Senior Leaving Certificate Examination (including Day School Certificate (Higher) General paper), 1948
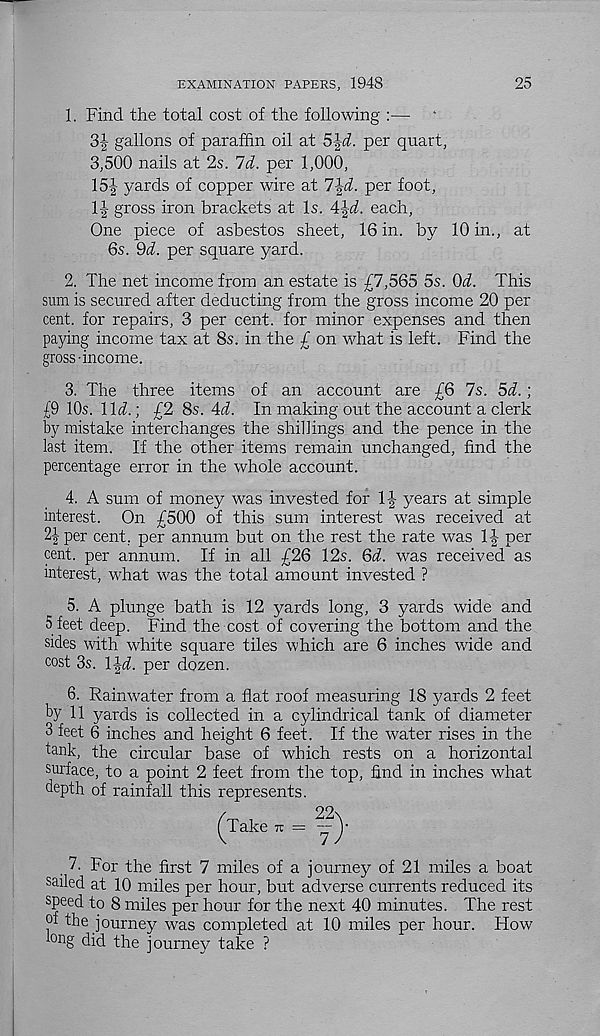
EXAMINATION PAPERS, 1948
25
1. Find the total cost of the following :— ‘
3J gallons of paraffin oil at 5\d. per quart,
3,500 nails at 2s. Id. per 1,000,
15f yards of copper wire at l\d. per foot,
1J gross iron brackets at Is.
each,
One piece of asbestos sheet, 16 in. by 10 in., at
6s. Qd. per square yard.
2. The net income from an estate is £7,565 5s. Od. This
sum is secured after deducting from the gross income 20 per
cent, for repairs, 3 per cent, for minor expenses and then
paying income tax at 8s. in the £ on what is left. Find the
gross-income.
3. The three items of an account are £6 7s. 5d.;
£9 10s. lid.] £2 8s. Ad. In making out the account a clerk
by mistake interchanges the shillings and the pence in the
last item. If the other items remain unchanged, find the
percentage error in the whole account.
4. A sum of money was invested for 1| years at simple
interest. On £500 of this sum interest was received at
2| per cent, per annum but on the rest the rate was 1-| per
cent, per annum. If in all £26 12s. Qd. was received as
interest, what was the total amount invested ?
5. A plunge bath is 12 yards long, 3 yards wide and
5 feet deep. Find the cost of covering the bottom and the
sides with white square tiles which are 6 inches wide and
cost 3s. l\d. per dozen.
6. Rainwater from a flat roof measuring 18 yards 2 feet
by 11 yards is collected in a cylindrical tank of diameter
3 feet 6 inches and height 6 feet. If the water rises in the
lank, the circular base of which rests on a horizontal
surface, to a point 2 feet from the top, find in inches what
depth of rainfall this represents.
(Take tu = y)-
.7. For the first 7 miles of a journey of 21 miles a boat
sailed at 10 miles per hour, but adverse currents reduced its
speed to 8 miles per hour for the next 40 minutes. The rest
of the journey was completed at 10 miles per hour. How
on g did the journey take ?